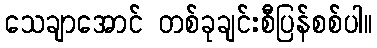
သေချာအောင် တစ်ခုချင်းစီပြန်စစ်ပါ။